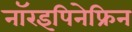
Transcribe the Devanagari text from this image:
नॉरइपिनेफ्रिन